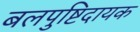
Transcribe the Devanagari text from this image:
बलपुष्टिदायक